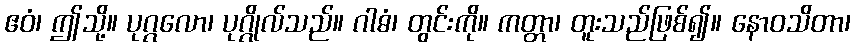
ဧဝံ၊ ဤသို့။ ပုဂ္ဂလော၊ ပုဂ္ဂိုလ်သည်။ ဂါဓံ၊ တွင်းကို။ ကတ္တာ၊ တူးသည်ဖြစ်၍။ နောဝသိတာ၊